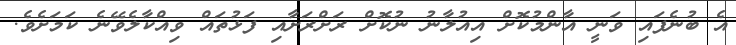
އެ ބުނެފައި ވަނީ އާންމުކޮށް އިއުލާނު ނުކޮށް ރަށްރަށާއި ފަޅުތައް ވިއްކާލެވޭނެ ކަމަށެވެ.